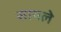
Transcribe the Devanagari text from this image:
सायले